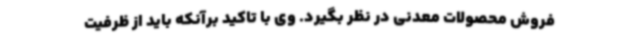
فروش محصولات معدنی در نظر بگیرد. وی با تاکید برآنکه باید از ظرفیت